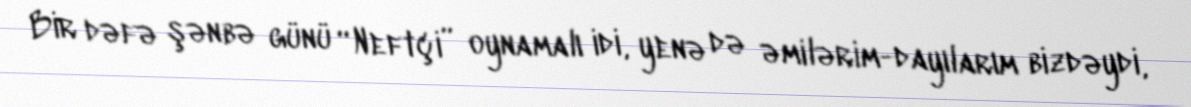
Bir dəfə şənbə günü “Neftçi” oynamalı idi, yenə də əmilərim-dayılarım bizdəydi,